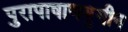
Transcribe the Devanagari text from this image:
पुरापाषाणयुगीन